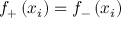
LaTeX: f _ { + } \left( x _ { i } \right) = f _ { - } \left( x _ { i } \right)